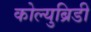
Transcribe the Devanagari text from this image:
कोल्युब्रिडी